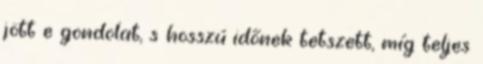
jött e gondolat, s hosszú időnek tetszett, míg teljes